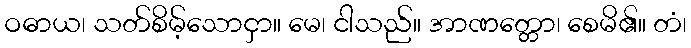
ဝဓာယ၊ သတ်စိမ့်သောငှာ။ မေ၊ ငါသည်။ အာဏတ္တော၊ စေမိ၏။ တံ၊